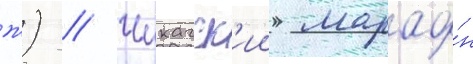
ж) // Чикагск'ии марафо́н